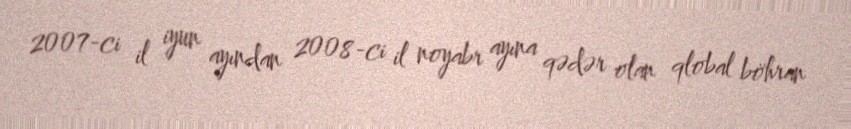
2007-ci il iyun ayından 2008-ci il noyabr ayına qədər olan qlobal böhran